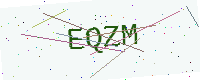
Text: EQZM